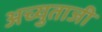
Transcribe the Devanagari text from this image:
अच्युताजी